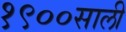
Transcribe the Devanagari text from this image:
१९००साली